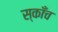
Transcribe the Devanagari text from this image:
स्काँच